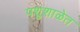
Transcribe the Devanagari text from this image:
पशुशाळेत